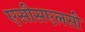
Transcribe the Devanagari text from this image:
एसीसएलसी